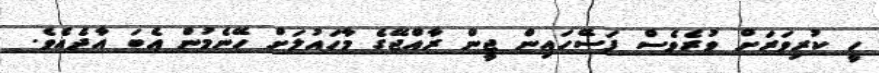
ހީ ކުރިވަރަށް ވުރެވެސް ފަސޭހައިން ޖީން ރާއްޖޭގެ މާހައުލަށް ހޭނެމުން އެބަ އާދެއެވެ.